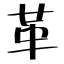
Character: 革